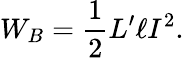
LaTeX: W_{B}=\frac{1}{2}L^{\prime}\ell I^{2}.